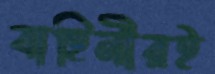
বাহিনীরই